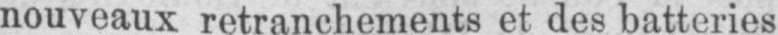
nouveaux retranchements et des batteries